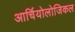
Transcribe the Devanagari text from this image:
आर्चियोलोजिकल